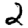
Digit: 2